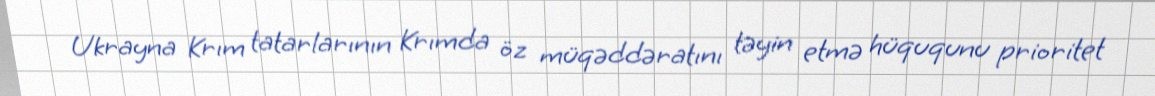
Ukrayna Krım tatarlarının Krımda öz müqəddəratını təyin etmə hüququnu prioritet